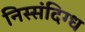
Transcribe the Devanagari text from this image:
निस्संदिग्ध